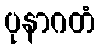
ပုနာဂတံ